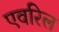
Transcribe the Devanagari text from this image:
एवरिल